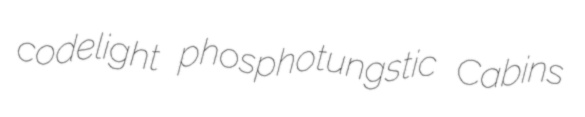
codelight phosphotungstic Cabins